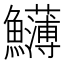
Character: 𩽛